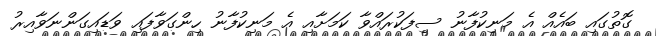
ގޮތުގައި ބައެއް އެ މަނިކުފާނު ސިފަކުރައްވާ ކަމަށާއި އެ މަނިކުފާނު ހިންގަވާފައި ވަޑައިގަންނަވާއިރު